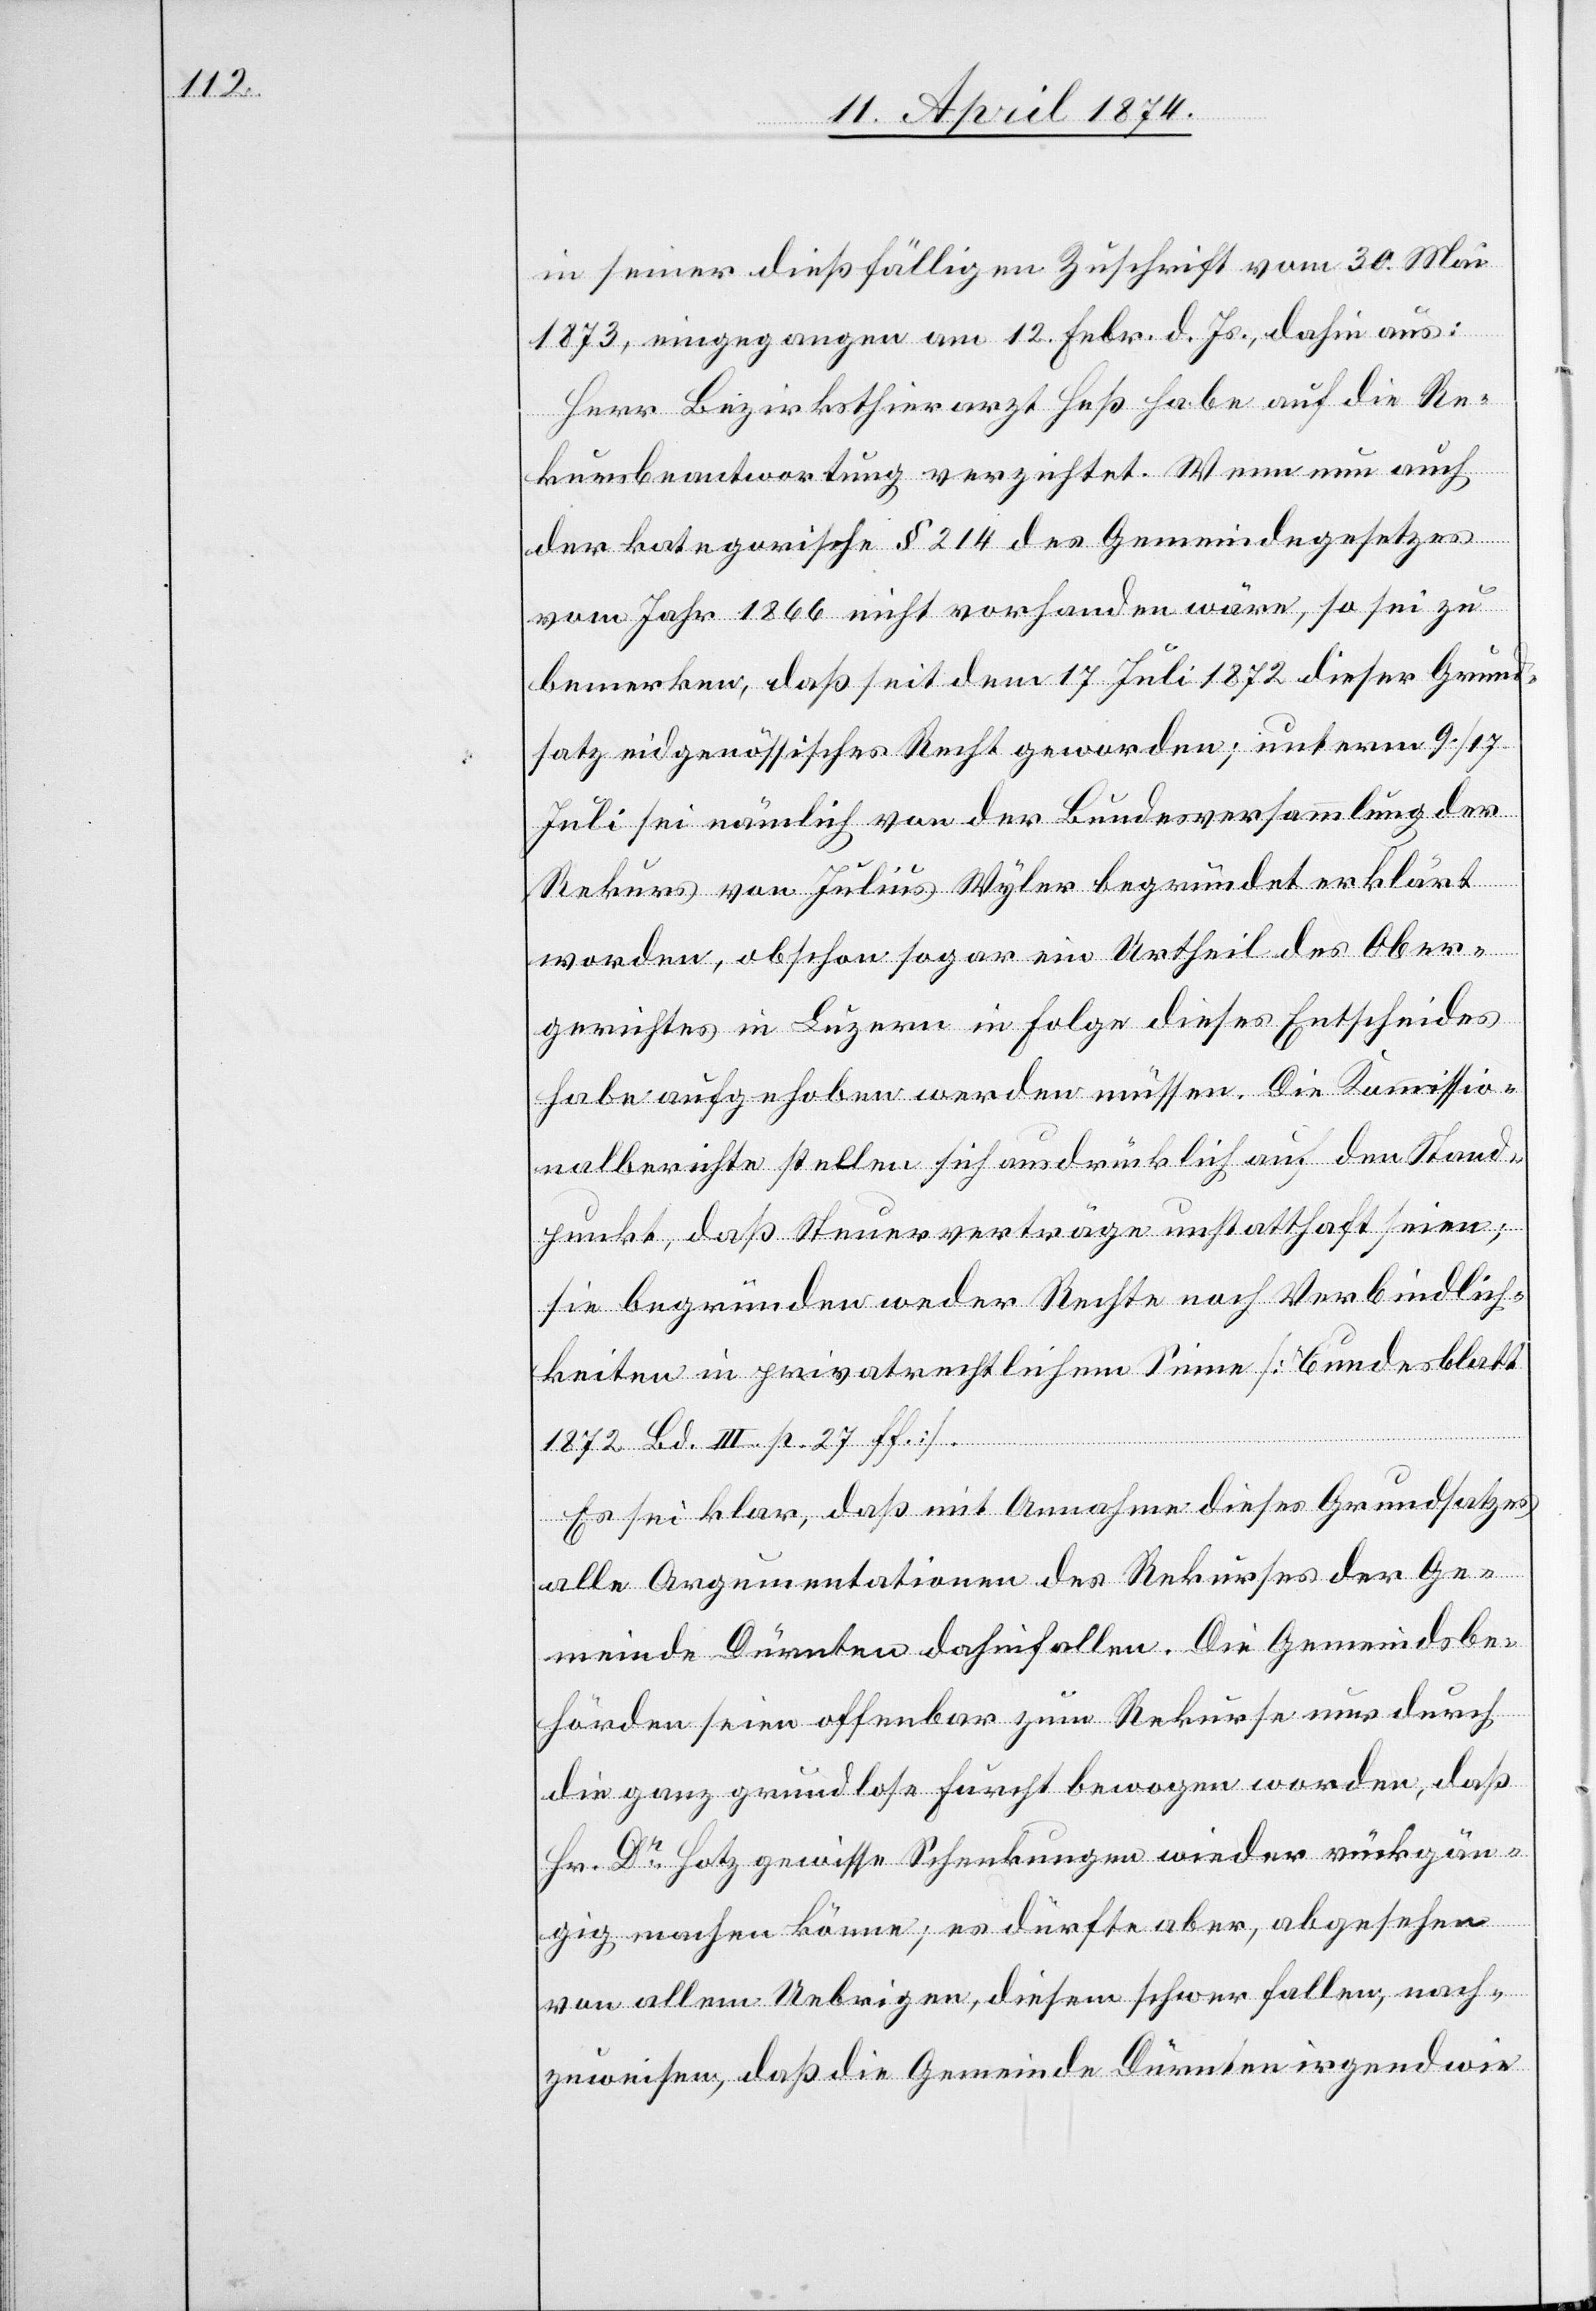
in seiner dießfälligen Zuschrift vom 30. Mai
1873, eingegangen am 12. Febr. d. Js., dahin aus:
Herr Bezirksthierarzt Heß habe auf die Re¬
kursbeantwortung verzichtet. Wenn nun auch
der kategorische § 214 des Gemeindegesetzes
vom Jahr 1866 nicht vorhanden wäre, so sei zu
bemerken, daß seit dem 17. Juli 1872 dieser Grund¬
satz eidgenössisches Recht geworden; unterm 9./17.
Juli sei nämlich von der Bundesversammlung der
Rekurs von Julius Wyler begründet erklärt
worden, obschon sogar ein Urtheil des Ober¬
gerichtes in Luzern in Folge dieses Entscheides
habe aufgehoben werden müssen. Die Kommissio¬
nalberichte stellen sich ausdrücklich auf den Stand¬
punkt, daß Steuerverträge unstatthaft seien;
sie begründen weder Rechte noch Verbindlich¬
keiten in privatrechtlichem Sinne [Bundesblatt
1872 Bd. III p. 27 ff.].
Es sei klar, daß mit Annahme dieses Grundsatzes
alle Argumentationen des Rekurses der Ge¬
meinde Dürnten dahinfallen. Die Gemeindsbe¬
hörden seien offenbar zum Rekurse nur durch
die ganz grundlose Furcht bewogen worden, daß
Hr. Dr. Hotz gewisse Schenkungen wieder rückgän¬
gig machen könne; es dürfte aber, abgesehen
von allem Uebrigen, dieser schwer fallen, nach¬
zuweisen, daß die Gemeinde Dürnten irgendwie